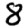
Digit: 8